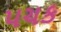
પચક